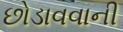
છોડાવવાની